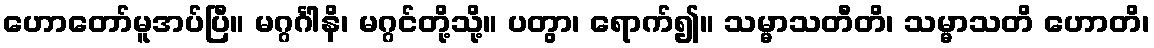
ဟောတော်မူအပ်ပြီ။ မဂ္ဂင်္ဂါနိ၊ မဂ္ဂင်တို့သို့။ ပတွာ၊ ရောက်၍။ သမ္မာသတီတိ၊ သမ္မာသတိ ဟောတိ၊